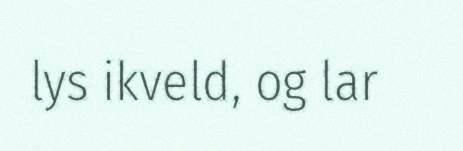
lys ikveld, og lar